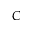
C